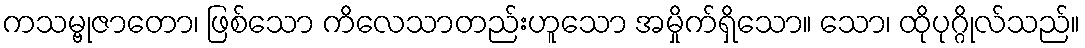
ကသမ္ဗုဇာတော၊ ဖြစ်သော ကိလေသာတည်းဟူသော အမှိုက်ရှိသော။ သော၊ ထိုပုဂ္ဂိုလ်သည်။